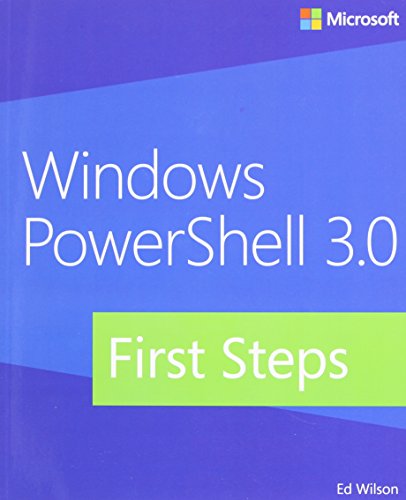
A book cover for Windows PowerShell 3.0 First Steps; Ed Wilson; Computers & Technology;